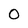
Character: 0